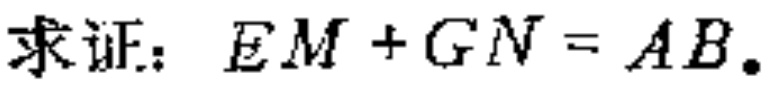
求证：\(EM + GN = AB\)。